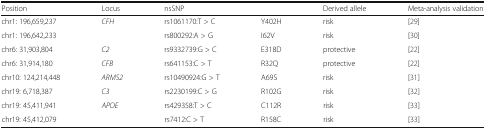
| Position | Locus | <COLSPAN=2> nsSNP | Derived allele | Meta-analysis validation |
 | --- | --- | --- | --- | --- | --- |
 | chr1: 196,659,237 | <ROWSPAN=2> CFH | rs1061170:T > C | Y402H | risk | [29] |
 | chr1: 196,642,233 | rs800292:A > G | I62V | risk | [30] |
 | chr6: 31,903,804 | C2 | rs9332739:G > C | E318D | protective | [22] |
 | chr6: 31,914,180 | CFB | rs641153:C > T | R32Q | protective | [22] |
 | chr10: 124,214,448 | ARMS2 | rs10490924:G > T | A69S | risk | [31] |
 | chr19: 6,718,387 | C3 | rs2230199:C > G | R102G | risk | [32] |
 | chr19: 45,411,941 | <ROWSPAN=2> APOE | rs429358:T > C | C112R | risk | [33] |
 | chr19: 45,412,079 | rs7412:C > T | R158C | risk | [33] |